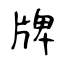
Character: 牌